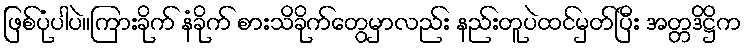
ဖြစ်ပုံပါပဲ။ကြားခိုက် နံခိုက် စားသိခိုက်တွေမှာလည်း နည်းတူပဲထင်မှတ်ပြီး အတ္တဒိဋ္ဌိက